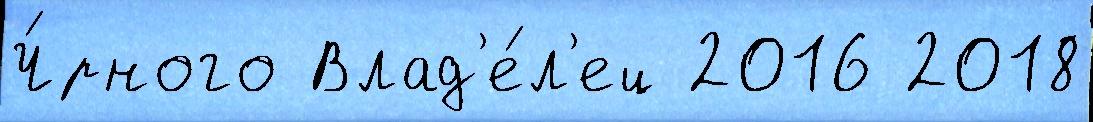
Ч́рного Влад'е́л'ец 2016 2018